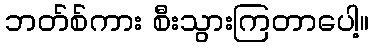
ဘတ်စ်ကား စီးသွားကြတာပေါ့။